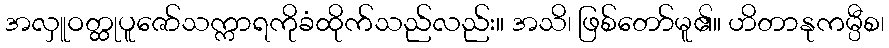
အလှူဝတ္ထုပူဇော်သက္ကာရကိုခံထိုက်သည်လည်း။ အသိ၊ ဖြစ်တော်မူ၏။ ဟိတာနုကမ္ပီစ၊